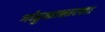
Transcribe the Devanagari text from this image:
गांडुळासारखा